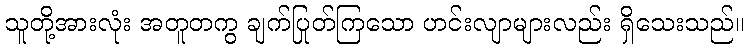
သူတို့အားလုံး အတူတကွ ချက်ပြုတ်ကြသော ဟင်းလျာများလည်း ရှိသေးသည်။